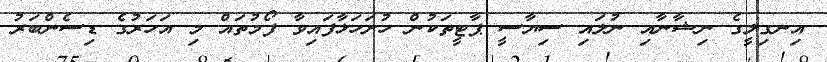
އިނގިލީގެ ނިޝާނާއި ނުލައި ސިޔާސީ ޕާޓީތަކުން ހުށަހަޅާފައިވާ ފޯމުތައް މި އަހަރުގެ ޑިސެންބަރު